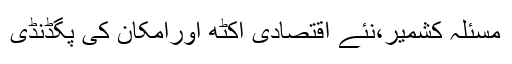
مسئلہ کشمیر،نئے اقتصادی اِکٹھ اورامکان کی پگڈنڈی